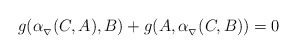
\begin{align*} g (\alpha_{_{\nabla}}(C,A), B) + g (A,\alpha_{_{\nabla}} (C,B))=0\end{align*}